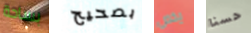
بساحة بصحيح يخص حسنا